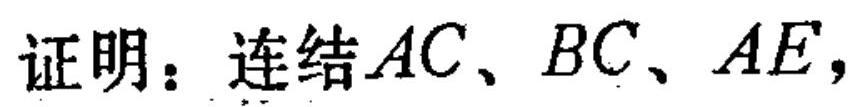
证明：连结\(AC、BC、AE\)，